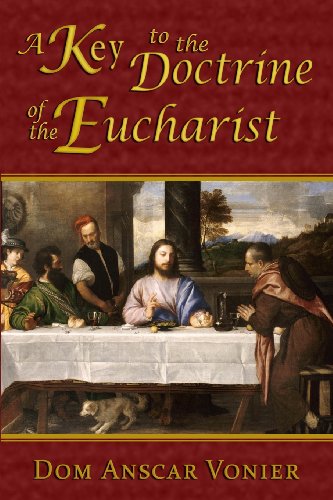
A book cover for A Key to the Doctrine of the Eucharist; Dom Anscar Vonier; Christian Books & Bibles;